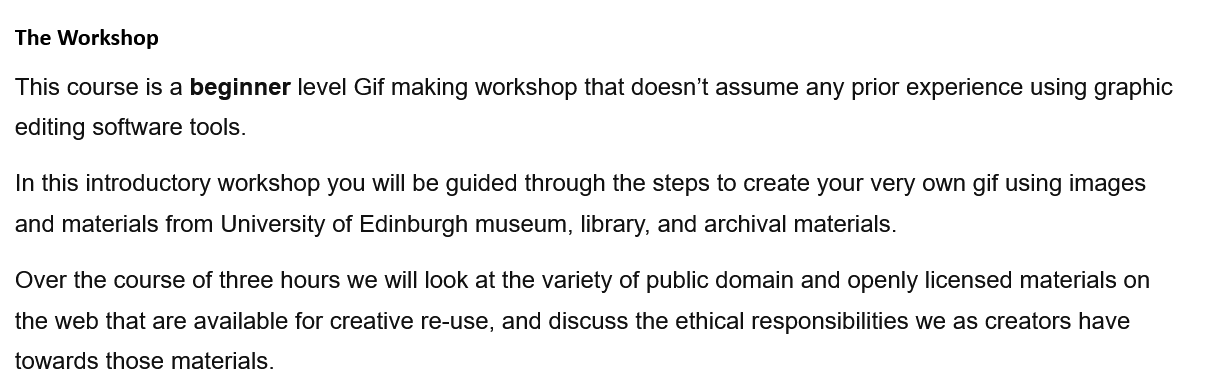
This course is a beginner level Gif making workshop that doesn’t assume any prior experience using graphic
  editing software tools.
  In this introductory workshop you will be guided through the steps to create your very own gif using images
  and materials from University of Edinburgh museum, library, and archival materials.
  Over the course of three hours we will look at the variety of public domain and openly licensed materials on
  the web that are available for creative re-use, and discuss the ethical responsibilities we as creators have
  towards those materials.
  The Workshop